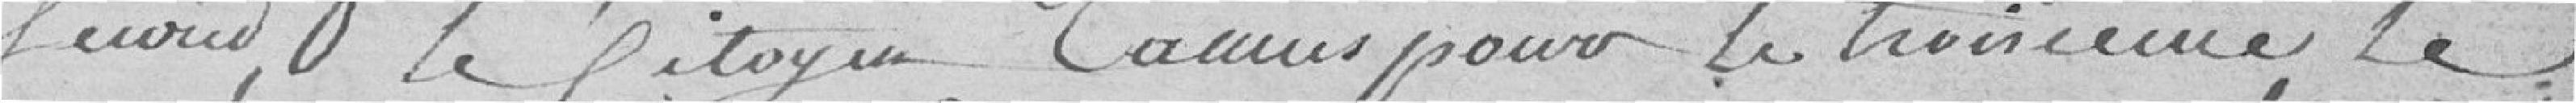
février, le Citoyen Camus pour le troisième, le